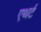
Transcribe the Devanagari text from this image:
एथर्ट